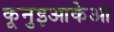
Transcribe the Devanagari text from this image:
कूनुइआकेआ